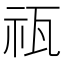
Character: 𥘳